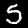
Label: 5